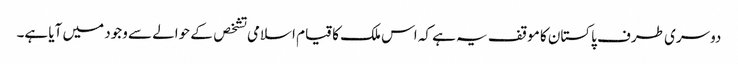
دوسری طرف پاکستان کا موقف یہ ہے کہ اس ملک کا قیام اسلامی تشخص کے حوالے سے وجود میں آیا ہے۔